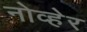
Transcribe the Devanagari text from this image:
नोव्हेर